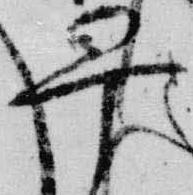
早